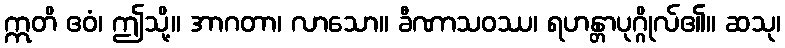
ဣတိ ဧဝံ၊ ဤသို့။ အာဂတာ၊ လာသော။ ခီဏာသဝဿ၊ ရဟန္တာပုဂ္ဂိုလ်၏။ ဆသု၊